Report of the Indian Hemp Drugs Commission, 1894-1895 - Volume VI
Year: 1894
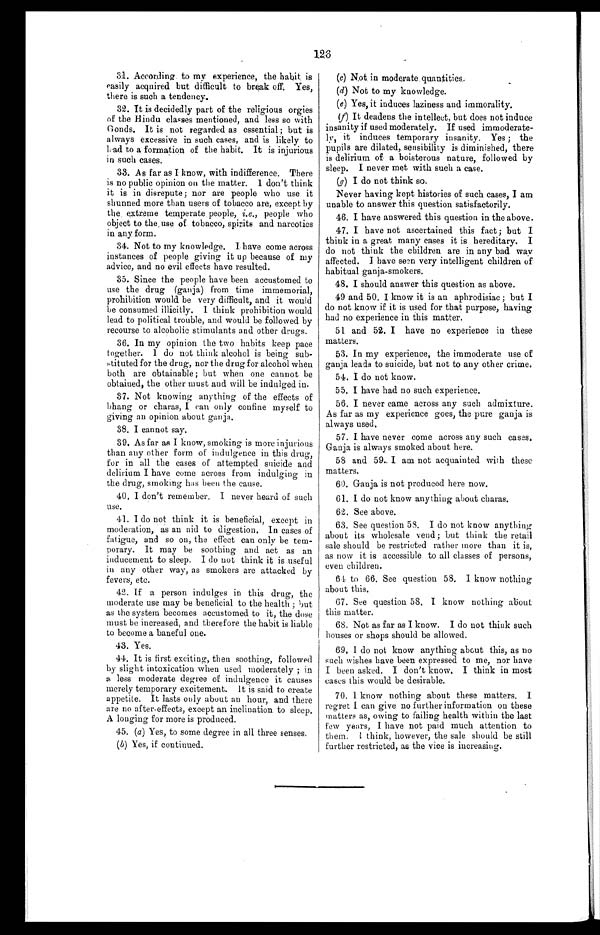
126
31. According to my experience, the habit is
easily acquired but difficult to break off. Yes,
there is such a tendency.
32. It is decidedly part of the religious orgies
of the Hindu classes mentioned, and less so with
Gonds. It is not regarded as essential; but is
always excessive in such cases, and is likely to
lead to a formation of the habit. It is injurious
in such cases.
33. As far as I know, with indifference. There
is no public opinion on the matter. I don't think
it is in disrepute; nor are people who use it
shunned more than users of tobacco are, except by
the extreme temperate people, i.e., people who
object to the , use of tobacco, spirits and narcotics
in any form.
34. Not to my knowledge. I have come across
instances of people giving it up because of my
advice, and no evil effects have resulted.
35. Since the people have been accustomed to
use the drug (ganja) from time immemorial,
prohibition would be very difficult, and it would
be consumed illicitly. I think prohibition would
lead to political trouble, and would be followed by
recourse to alcoholic stimulants and other drugs.
36. In my opinion the two habits keep pace
together. I do not think alcohol is being sub
- s t i t u t e d f o r t h e d r u g , n o r t h e d r u g f o r a l c o h o l w h e n
both are obtainable; but when one cannot be
obtained, the other must and will be indulged in.
37. Not knowing anything of the effects of
bhang or charas, I can only confine myself to
giving an opinion about ganja.
38. I cannot say.
39. As far as I know, smoking is more injurious
than any other form of indulgence in this drug,
for in all the cases of attempted suicide and
delirium I have come across from indulging in
the drug, smoking has been the cause.
40. I don't remember. I never heard of such
use.
41. I do not think it is beneficial, except in
moderation, as an aid to digestion. In cases of
fatigue, and so on, the effect can only be tem
- p o r a r y . I t m a y b e s o o t h i n g a n d a c t a s a n
inducement to sleep. I do not think it is useful
in any other way, as smokers are attacked by
fevers, etc.
42. If a person indulges in this drug, the
moderate use may be beneficial to the health; but
as the system becomes accustomed to it, the dose
must be increased, and therefore the habit is liable
to become a baneful one.
43. Yes.
44. It is first exciting, then soothing, followed
by slight intoxication when used moderately; in
a less moderate degree of indulgence it causes
merely temporary excitement. It is said to create
appetite. It lasts only about an hour, and there
are no after-effects, except an inclination to sleep.
A longing for more is produced.
45. (a ) Yes, to some degree in all three senses.
( b) Yes, if continued.
(a) Not in moderate, quantities.
(d) Not to my knowledge.
(e)Yes, it induces laziness and immorality.
(f) It deadens the intellect, but does not induce
insanity if used moderately. If used immoderate
- l y , i t i n d u c e s t e m p o r a r y i n s a n i t y . Y e s ; t h e
pupils are dilated, sensibility is diminished, there
is delirium of a boisterous nature, followed by
sleep. I never met with such a case.
(g) I do not think so.
Never having kept histories of such cases, I am
unable to answer this question satisfactorily.
46. I have answered this question in the above.
47. I have not ascertained this fact; but I
think in a great many cases it is hereditary. I
do not think the children are in any bad way
affected. I have seen very intelligent children of
habitual ganja-smokers.
48. I should answer this question as above.
49 and 50. I know it is an aphrodisiac; but I
do not know if it is used for that purpose, having
had no experience in this matter.
51 and 52. I have no experience in these
matters.
53. In my experience, the immoderate use of
ganja leads to suicide, but not to any other crime.
54. I do not know.
55. I have had no such experience.
56. I never came across any such admixture.
As far as my experience goes, the pure ganja is
always used.
57. I have never come across any such cases.
Ganja is always smoked about here.
58 and 59. I am not acquainted with these
matters.
60. Ganja is not produced here now.
61. I do not know anything about charas.
62. See above.
63. See question 58. I do not know anything
about its wholesale vend; but think the retail
sale should be restricted rather more than it is,
as now it is accessible to all classes of persons,
even children.
64 to 66. See question 58. I know nothing
about this.
67. See question 58. I know nothing about
this matter.
68. Not as far as I know. I do not think such
houses or shops should be allowed.
69. I do not know anything about this, as no
such wishes have been expressed to me, nor have
I been asked. I don't know. I think in most
cases this would be desirable.
70. I know nothing about these matters. I
regret I can give no further information on these
matters as, owing to failing health within the last
few years, I have not paid much attention to
t h e m. I t h i n k , h o we v e r , t h e s a l e s h o u l d b e s t i l l
further restricted, as the vice is increasing.